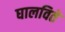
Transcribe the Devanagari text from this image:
घालविते